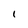
Character: I